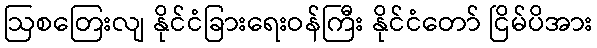
ဩစတြေးလျ နိုင်ငံခြားရေးဝန်ကြီး နိုင်ငံတော် ငြိမ်ပိအား